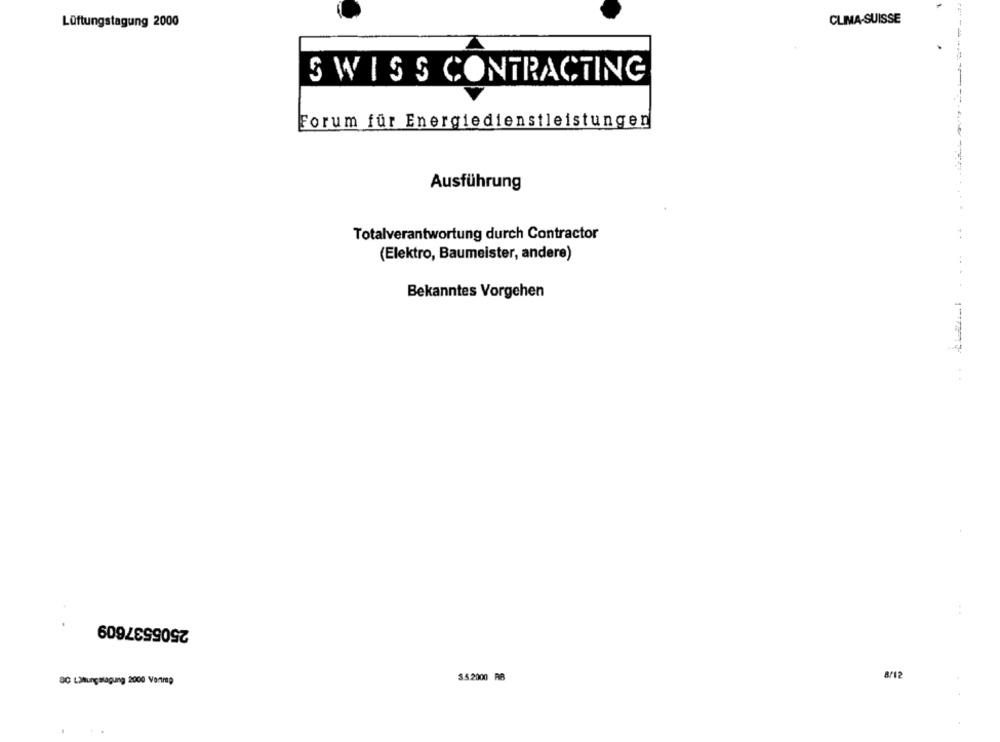
Lüftungstagung 2000
CLIMA-SUISSE
SWISS CONTRACTING
Forum für Energiedienstleistungen
Ausführung
Totalverantwortung durch Contractor
(Elektro, Baumeister, andere)
Bekanntes Vorgehen
2505537609
8/12
OG LIlungagung 2000 Vortmg
5.5.2000 RB